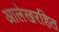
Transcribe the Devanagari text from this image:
आलेखरहित